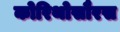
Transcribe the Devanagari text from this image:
कोरिथोसौरस